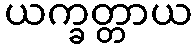
ယက္ခတ္တာယ